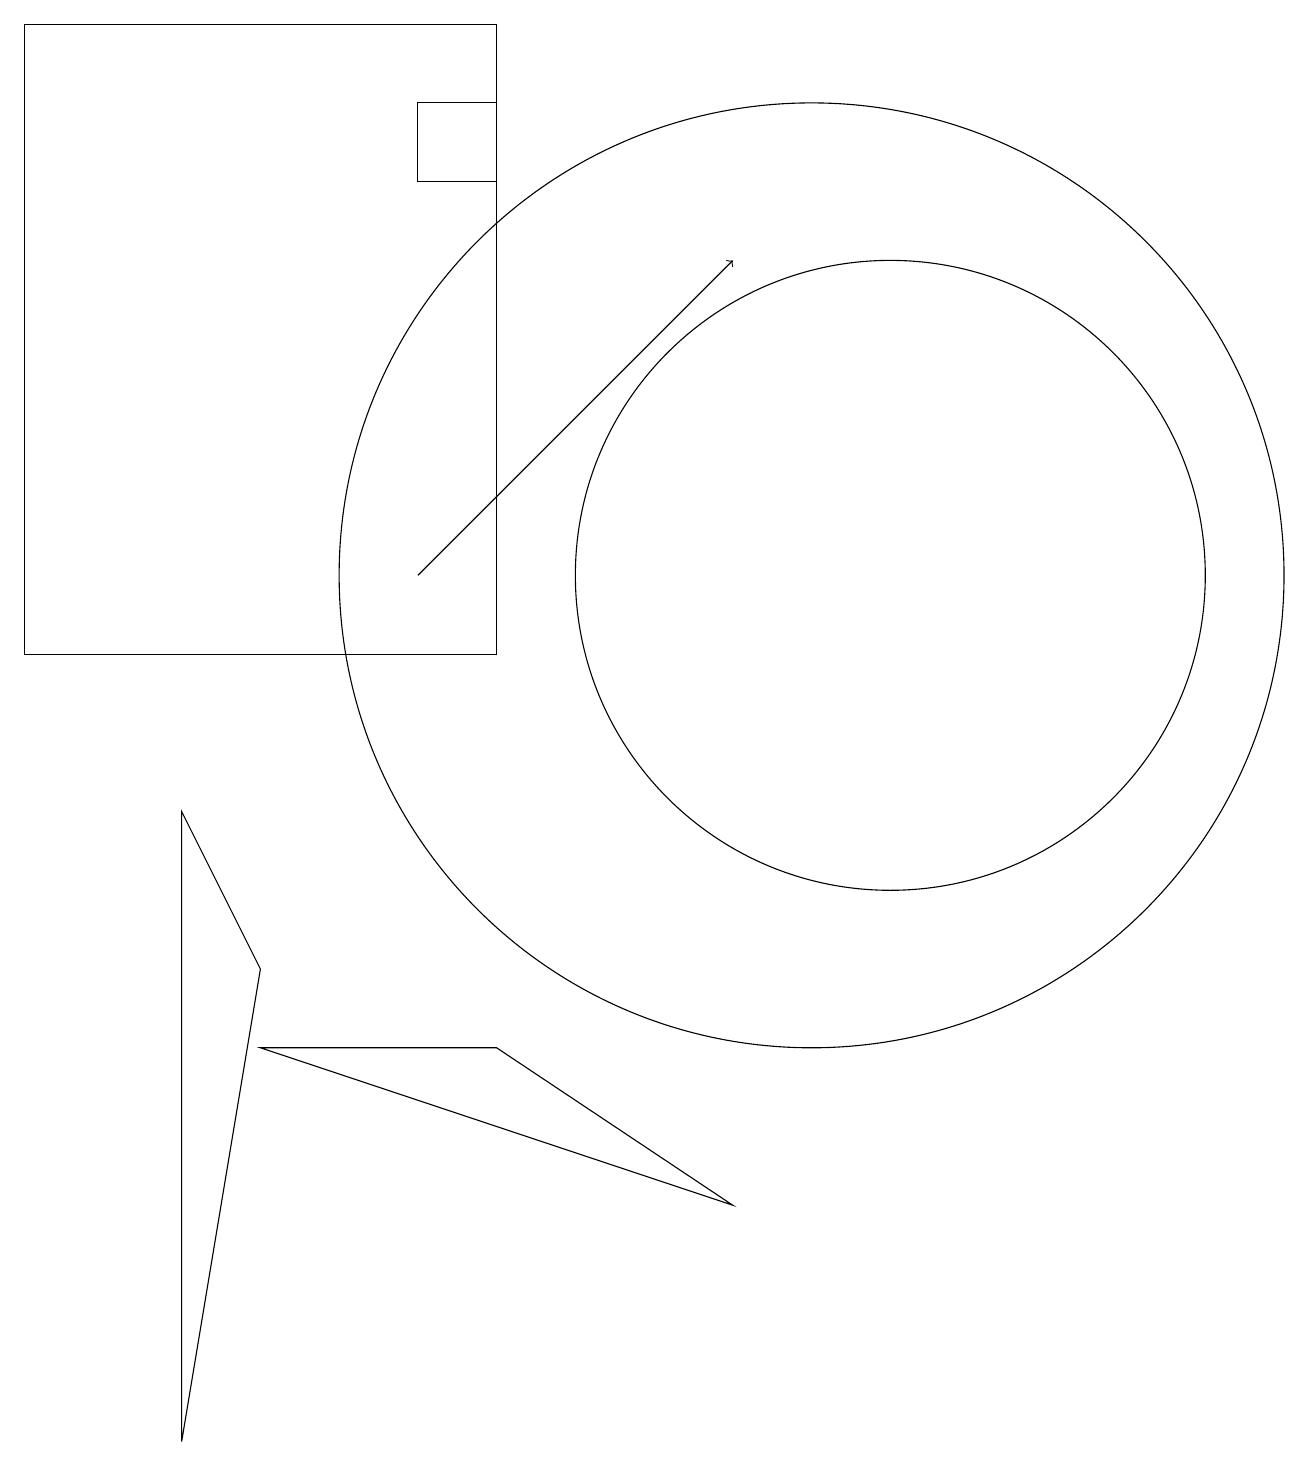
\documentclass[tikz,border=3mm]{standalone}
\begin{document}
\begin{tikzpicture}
\draw (9,3) -- (3,5) -- (6,5) -- cycle;
\draw (11,11) circle (4);
\draw (6,16) rectangle (5,17);
\draw (6,18) rectangle (0,10);
\draw[->] (5,11) -- (9,15);
\draw (10,11) circle (6);
\draw (3,6) -- (2,0) -- (2,8) -- cycle;
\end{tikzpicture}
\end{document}